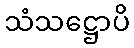
သံသဋ္ဌောပိ